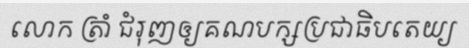
លោក ត្រាំ ជំរុញឲ្យគណបក្សប្រជាធិបតេយ្យ